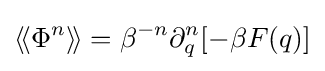
\langle \!\langle \Phi ^{n}\rangle \!\rangle =\beta ^{-n}\partial _{q}^{n}[-\beta F(q)]